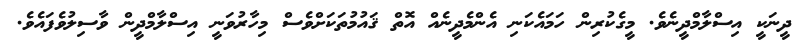
ދީނަކީ އިސްލާމްދީނެވެ. މީގެކުރިން ހަމައެކަނި އެންމެދީނެއް އޮތް ޤައުމުތަކަށްވެސް މިހާރުވަނީ އިސްލާމްދީން ވާސިލުވެފައެވެ.